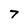
Character: 7